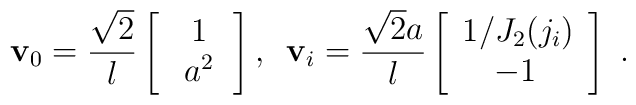
{\bf v}_0= \frac{\sqrt 2}l     \left[\begin{array}{c}      \,1 \\      \,\,a^2\,      \end{array}\right],\,\,\,     {\bf v}_i= \frac{{\sqrt 2}a}l     \left[\begin{array}{c}      1/J_2(j_i) \\      -1\,      \end{array}\right]\ .